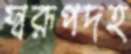
স্বরূপদহ